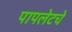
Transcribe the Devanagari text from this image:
पापलेटचे